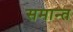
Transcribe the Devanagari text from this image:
समान्त